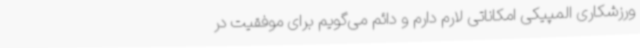
ورزشکاری المپیکی امکاناتی لارم دارم و دائم می‌گویم برای موفقیت در